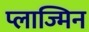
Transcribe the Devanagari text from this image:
प्लाज्मिन